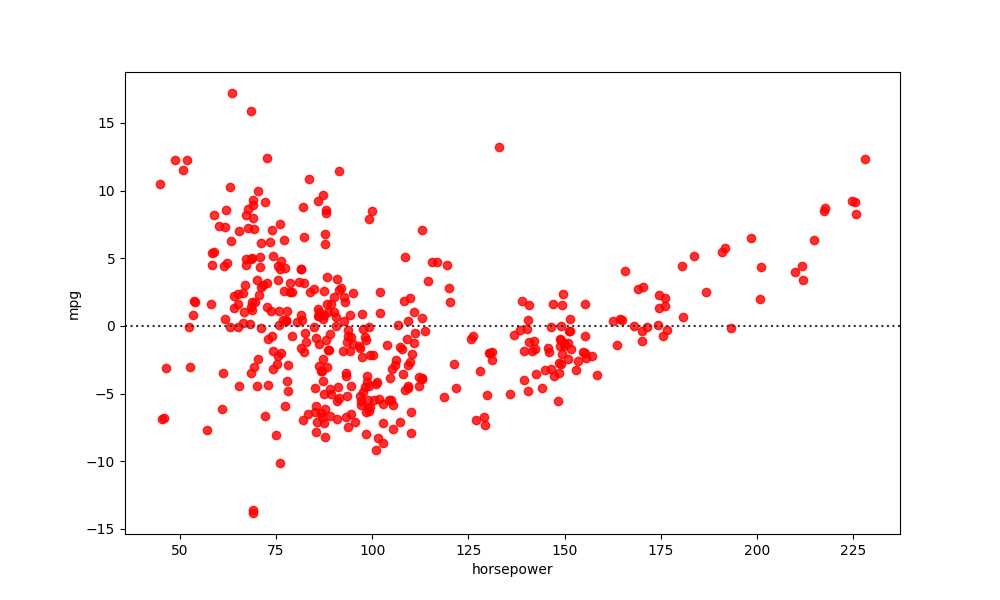
python, seaborn, residplot, lowess=False, scatter_color=red